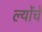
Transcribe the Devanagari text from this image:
ल्योंचे